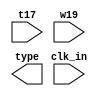
module input_morse(

    input clk_in,
    input t17,  //switch from basys3 board to input morse code
    input w19,  //switch from basys3 board to separate the letter
    output reg [1:0] type //type of the input
    );


    reg [3:0]count = 0;
    reg [1:0]type_old;
    reg [1:0]type_present;
    
    parameter GAP = 2'b00;
    parameter DOT = 2'b01;
    parameter DASH = 2'b10;
    parameter STOP = 2'b11;
    
    initial count = 0;
    initial type_old = STOP;
    initial type_present = STOP;
    
    always @ (posedge clk_in)
    begin
        
        if (t17 == 1)
            count <= count + 1;
        
        if(type_present == STOP)
        begin
        
            if( count!=0 && count > 4'b0110  )
                begin
                    type_present <= DASH;   //user input dash
                end
            else if(count != 0)
                begin
                    type_present <= DOT;    //user input dot
                end  
            else if(w19)
                type_present <= GAP; 
        end
        if(t17 == 0)
            type_present <= STOP;
             
         
        //if(type_old != type_present)
            //type_old <= type_present;
        //type <= type_old;
    end
endmodule